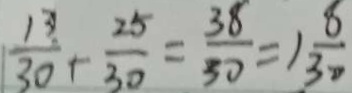
\frac { 1 3 } { 3 0 } + \frac { 2 5 } { 3 0 } = \frac { 3 8 } { 3 0 } = 1 \frac { 8 } { 3 0 }